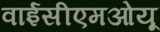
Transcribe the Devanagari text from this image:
वाईसीएमओयू